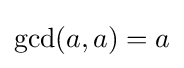
\gcd(a,a)=a